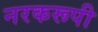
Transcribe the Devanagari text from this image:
नरकरूपी